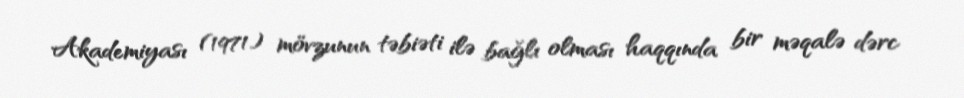
Akademiyası (1971) mövzunun təbiəti ilə bağlı olması haqqında bir məqalə dərc